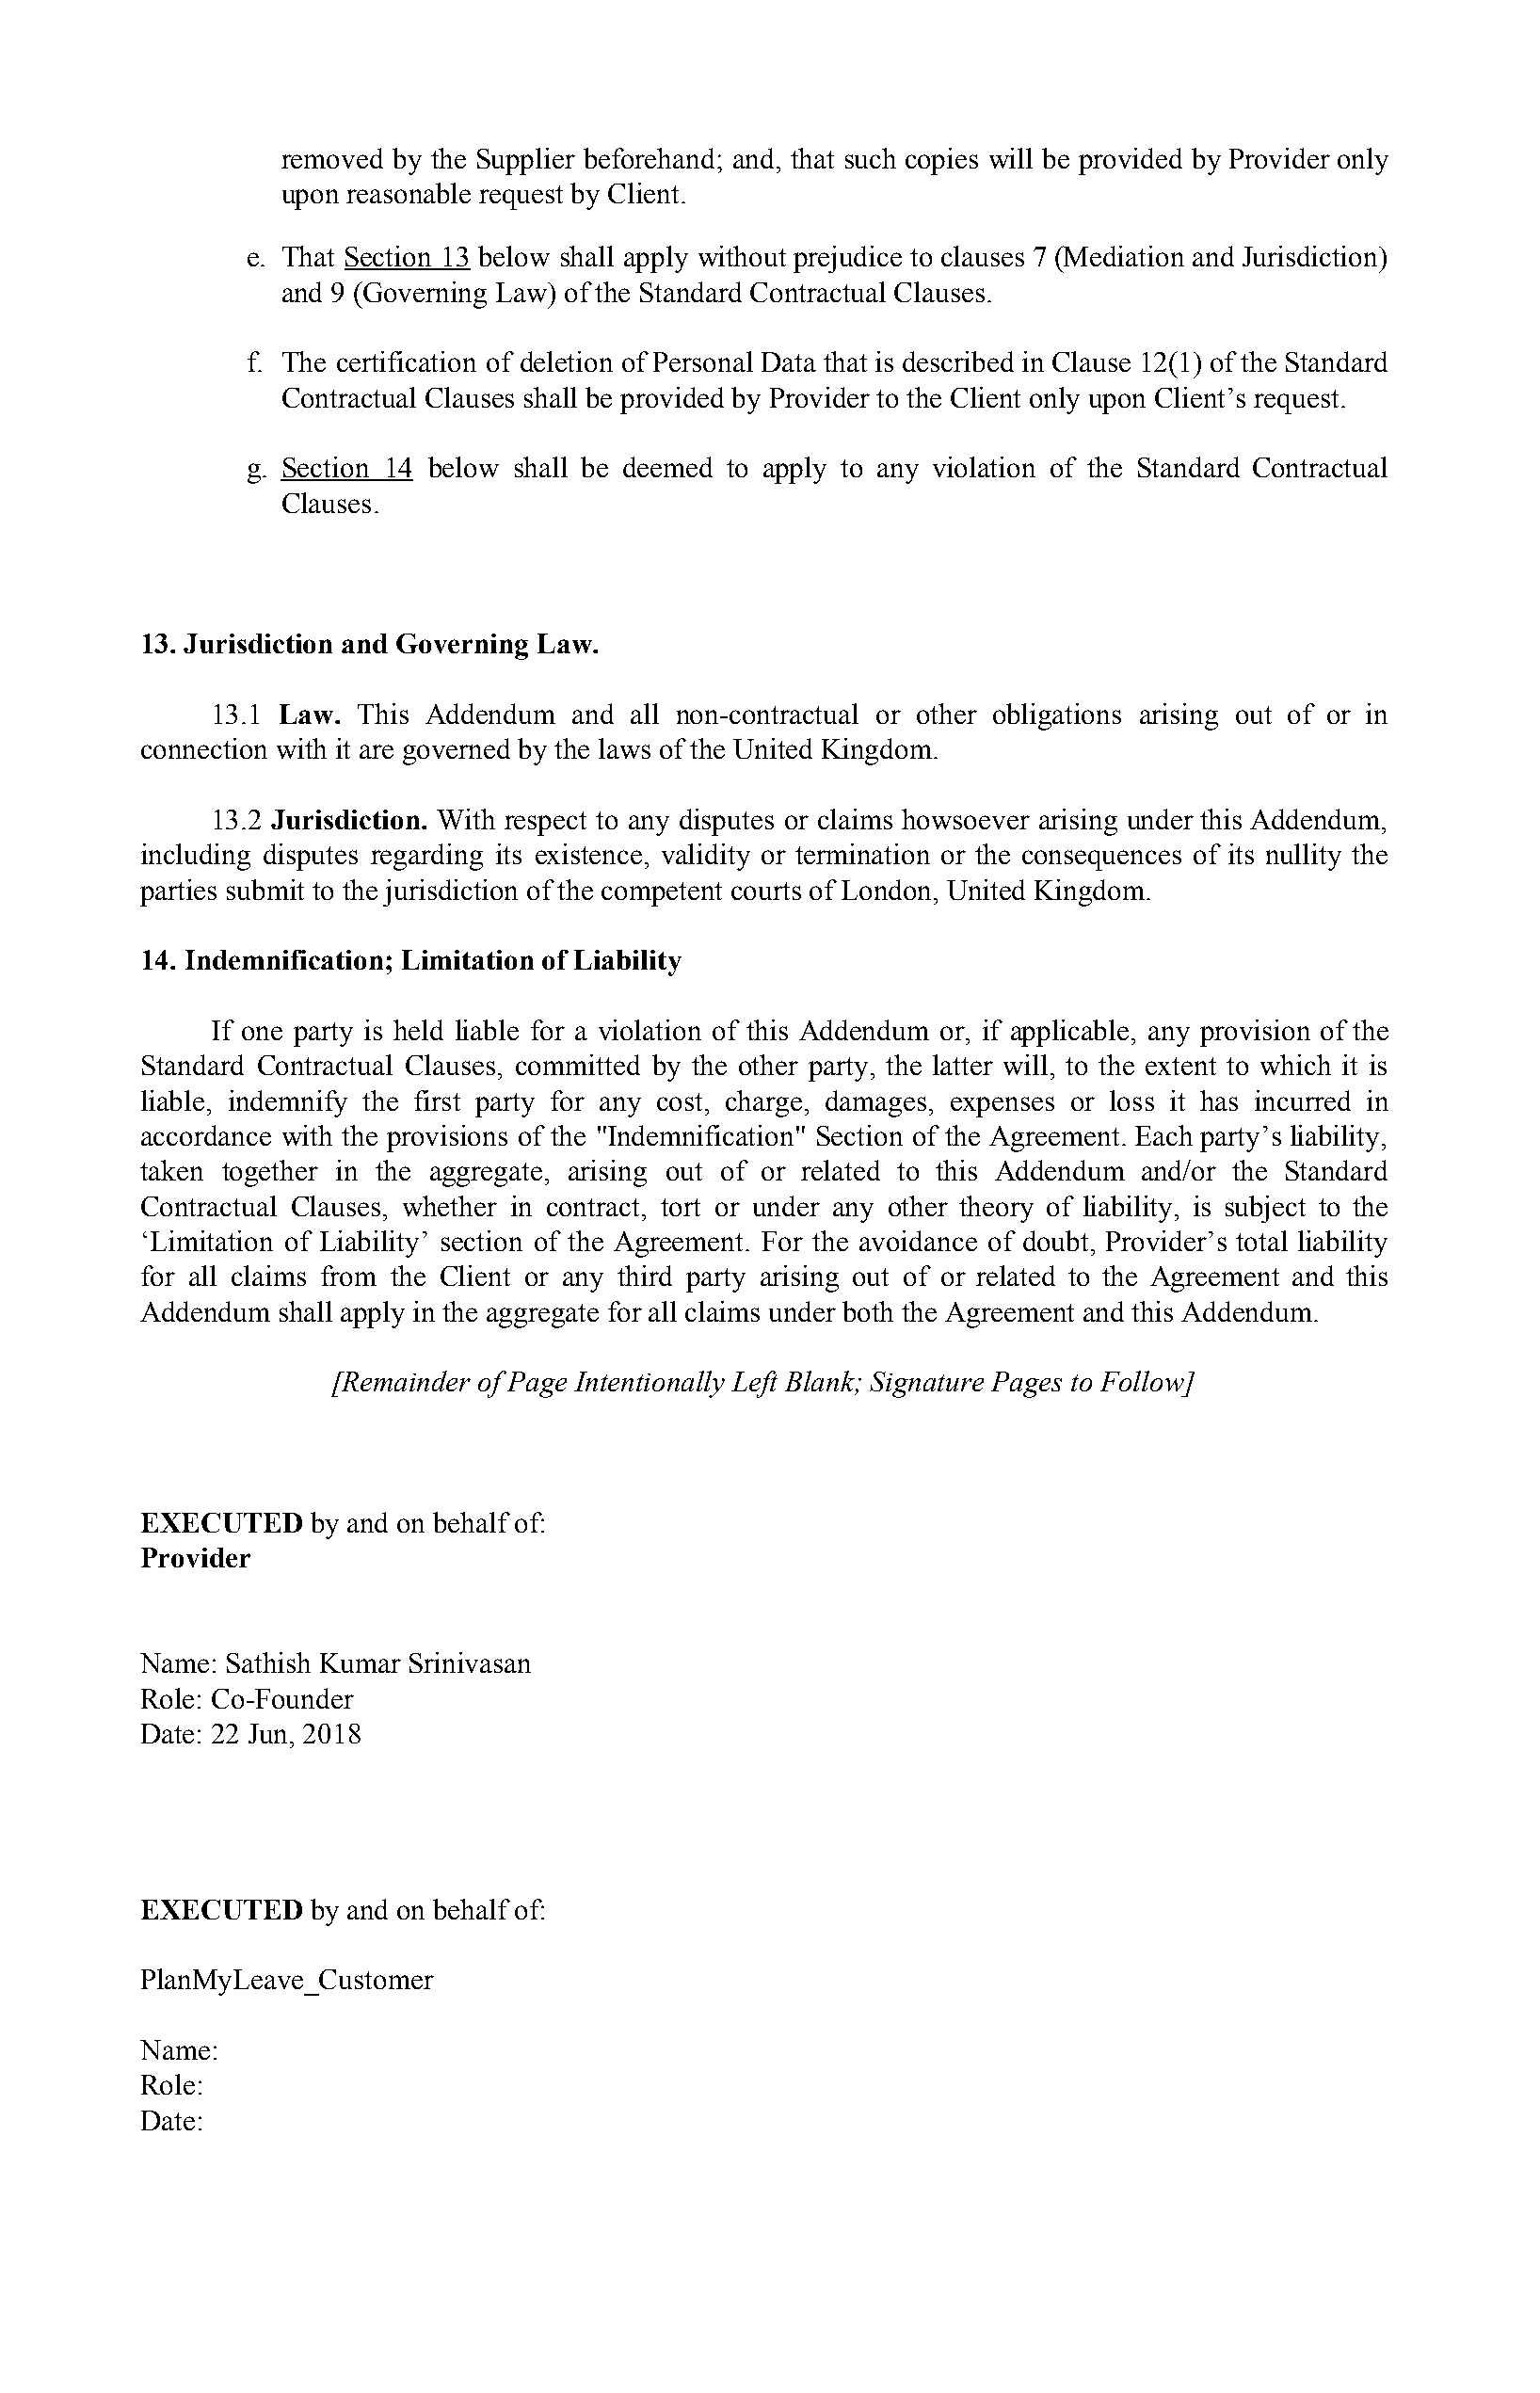
removed by the Supplier beforehand; and, that such copies will be provided by Provider only
 ​
 upon reasonable request by Client.
 e. That Section 13 below shall apply without prejudice to clauses 7 (Mediation and Jurisdiction)
 ​
 and 9 (Governing Law) of the Standard Contractual Clauses.
 f. The certification of deletion of Personal Data that is described in Clause 12(1) of the Standard
 Contractual Clauses shall be provided by Provider to the Client only upon Client’s request.
 g. Section 14 below shall be deemed to apply to any violation of the Standard Contractual
 ​
 Clauses.
 13. Jurisdiction and Governing Law.
 13.1 Law. This Addendum  and all non-contractual or other obligations arising out of or in
 ​    ​
 connection with it are governed by the laws of the United Kingdom.
 13.2 Jurisdiction. With respect to any disputes or claims howsoever arising under this Addendum,
 ​           ​
 including disputes regarding its existence, validity or termination or the consequences of its nullity the
 parties submit to the jurisdiction of the competent courts of London, United Kingdom.
 14. Indemnification; Limitation of Liability
 If one party is held liable for a violation of this Addendum or, if applicable, any provision of the
 Standard Contractual Clauses, committed by the other party, the latter will, to the extent to which it is
 liable, indemnify the first party for any cost, charge, damages, expenses or loss it has incurred in
 accordance with the provisions of the "Indemnification" Section of the Agreement. Each party’s liability,
 taken together in the aggregate, arising out of or related to this Addendum and/or the Standard
 Contractual Clauses, whether in contract, tort or under any other theory of liability, is subject to the
 ‘Limitation of Liability’ section of the Agreement. For the avoidance of doubt, Provider’s total liability
 for all claims from the Client or any third party arising out of or related to the Agreement and this
 Addendum  shall apply in the aggregate for all claims under both the Agreement and this Addendum.
 [Remainder of Page Intentionally Left Blank; Signature Pages to Follow]
 EXECUTED    by and on behalf of:
 ​
 Provider
 Name: Sathish Kumar Srinivasan
 Role: Co-Founder
 Date: 22 Jun, 2018
 EXECUTED    by and on behalf of:
 ​
 PlanMyLeave_Customer
 Name:
 Role:
 Date: